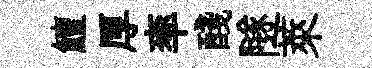
鱣厚率醆隧萊